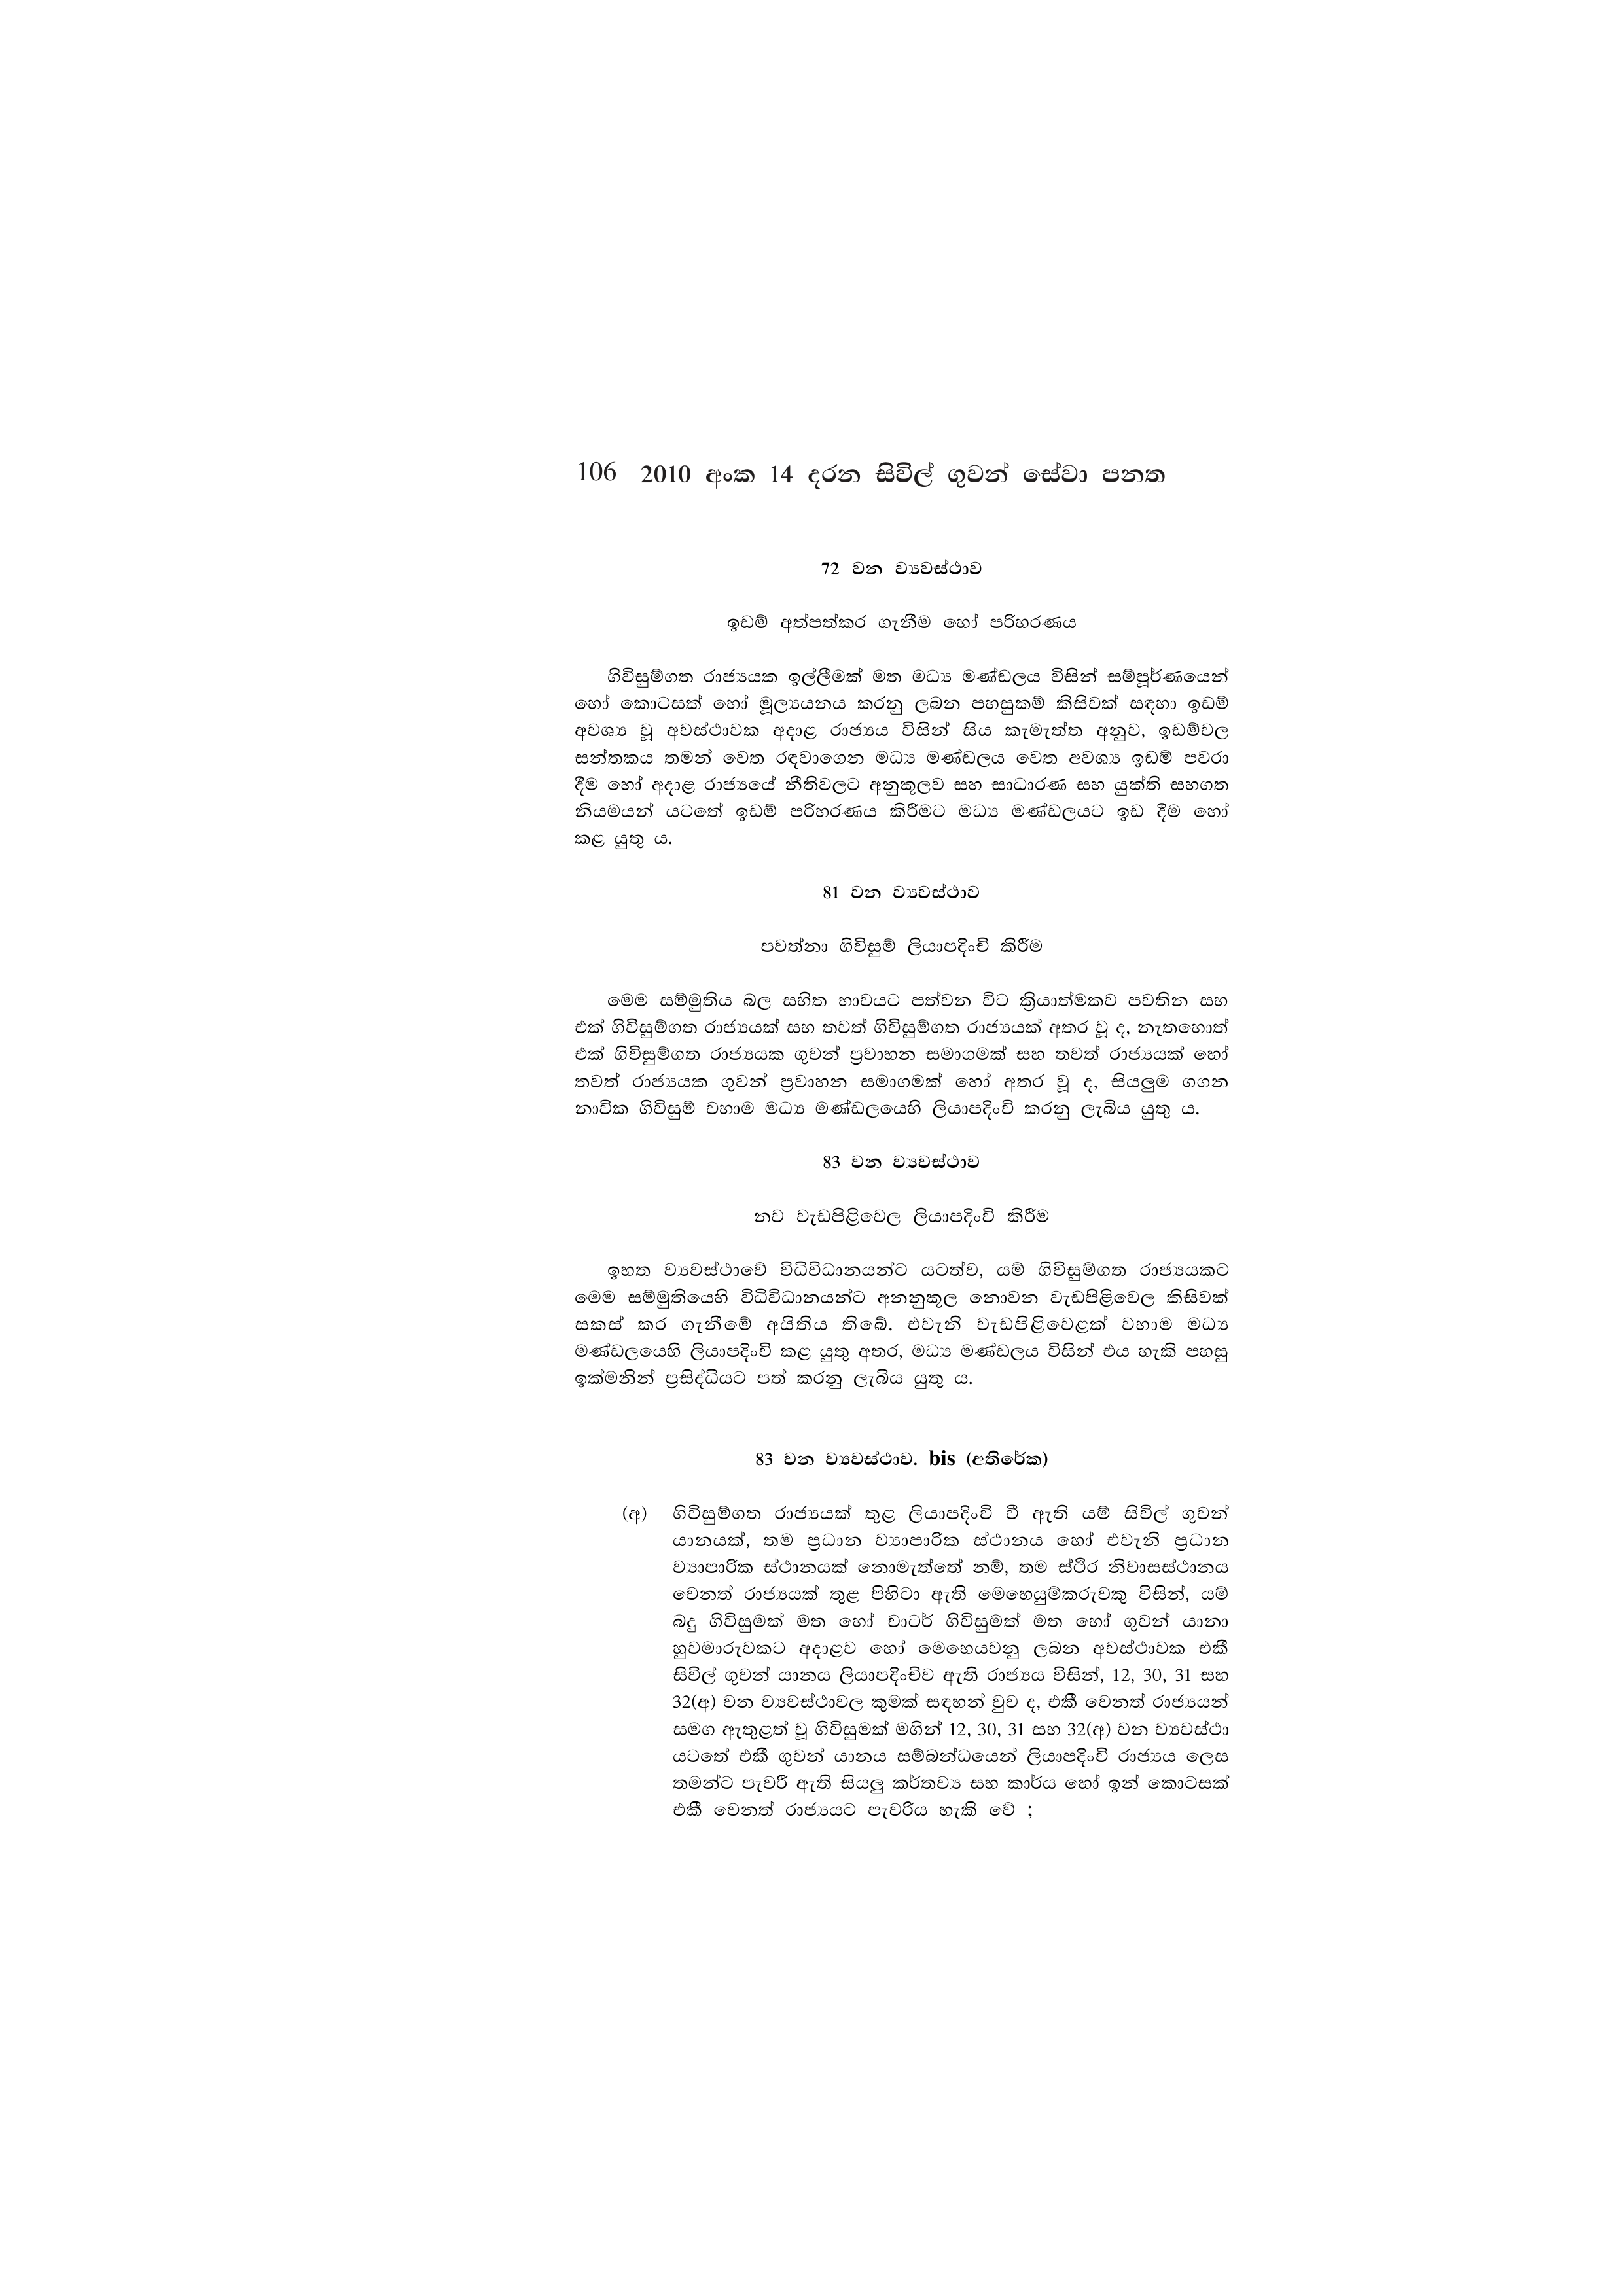
106 2010 අංක 14 දරන සිවිල් ගුවන් සේවා පනත

72 වන ව්‍යවස්ථාව

ඉඩම් අත්පත්කර ගැනීම හෝ පරිහරණය

ගිවිසුම්ගත රාජ්‍යයක ඉල්ලීමක් මත මධ්‍ය මණ්ඩලය විසින් සම්පූර්ණයෙන්
හෝ කොටසක් හෝ මූල්‍යයනය කරනු ලබන පහසුකම් කිසිවක් සඳහා ඉඩම්
අවශ්‍ය වූ අවස්ථාවක අදාළ රාජ්‍යය විසින් සිය කැමැත්ත අනුව, ඉඩම්වල
සන්තකය තමන් වෙත රඳවාගෙන මධ්‍ය මණ්ඩලය වෙත අවශ්‍ය ඉඩම් පවරා
දීම හෝ අදාළ රාජ්‍යයේ නීතිවලට අනුකූලව සහ සාධාරණ සහ යුක්ති සහගත
නියමයන් යටතේ ඉඩම් පරිහරණය කිරීමට මධ්‍ය මණ්ඩලයට ඉඩ දීම හෝ
කළ යුතු ය.

81 වන ව්‍යවස්ථාව

පවත්නා ගිවිසුම් ලියාපදිංචි කිරීම

මෙම සම්මුතිය බල සහිත භාවයට පත්වන විට ක්‍රියාත්මකව පවතින සහ
එක් ගිවිසුම්ගත රාජ්‍යයක් සහ තවත් ගිවිසුම්ගත රාජ්‍යයක් අතර වූ ද, නැතහොත්
එක් ගිවිසුම්ගත රාජ්‍යයක ගුවන් ප්‍රවාහන සමාගමක් සහ තවත් රාජ්‍යයක් හෝ
තවත් රාජ්‍යයක ගුවන් ප්‍රවාහන සමාගමක් හෝ අතර වූ ද, සියලුම ගගන
නාවික ගිවිසුම් වහාම මධ්‍ය මණ්ඩලයෙහි ලියාපදිංචි කරනු ලැබිය යුතු ය.

83 වන ව්‍යවස්ථාව

නව වැඩපිළිවෙල ලියාපදිංචි කිරීම

ඉහත ව්‍යවස්ථාවේ විධිවිධානයන්ට යටත්ව, යම් ගිවිසුම්ගත රාජ්‍යයකට
මෙම සම්මුතියෙහි විධිවිධානයන්ට අනනුකූල නොවන වැඩපිළිවෙල කිසිවක්
සකස් කර ගැනීමේ අයිතිය_තිබේ. එවැනි වැඩපිළිවෙළක් වහාම මධ්‍ය
මණ්ඩලයෙහි ලියාපදිංචි කළ යුතු අතර, මධ්‍ය මණ්ඩලය විසින් එය හැකි පහසු
ඉක්මනින් ප්‍රසිද්ධියට පත් කරනු ලැබිය යුතු ය.

83 වන ව්‍යවස්ථාව. bis (අතිරේක)

(අ) ගිවිසුම්ගත රාජ්‍යයක් තුළ ලියාපදිංචි වී ඇති යම් සිවිල් ගුවන්
යානයක්, තම ප්‍රධාන ව්‍යාපාරික ස්ථානය හෝ එවැනි ප්‍රධාන
ව්‍යාපාරික ස්ථානයක් නොමැත්තේ නම්, තම ස්ථිර නිවාසස්ථානය
වෙනත් රාජ්‍යයක් තුළ පිහිටා ඇති මෙහෙයුම්කරුවකු විසින්, යම්
බදු ගිවිසුමක් මත හෝ චාටර් ගිවිසුමක් මත හෝ ගුවන් යානා
හුවමාරුවකට අදාළව හෝ මෙහෙයවනු ලබන අවස්ථාවක එකී
සිවිල් ගුවන් යානය ලියාපදිංචිව ඇති රාජ්‍යය විසින්, 12, 30, 31 සහ
32(අ) වන ව්‍යවස්ථාවල කුමක් සඳහන් වුව ද, එකී වෙනත් රාජ්‍යයන්
සමග ඇතුළත් වූ ගිවිසුමක් මගින් 12, 30, 31 සහ 32(අ) වන ව්‍යවස්ථා
යටතේ එකී ගුවන් යානය සම්බන්ධයෙන් ලියාපදිංචි රාජ්‍යය ලෙස
තමන්ට පැවරී ඇති සියලු කර්තව්‍ය සහ කාර්ය හෝ ඉන් කොටසක්
එකී වෙනත් රාජ්‍යයට පැවරිය හැකි වේ ;